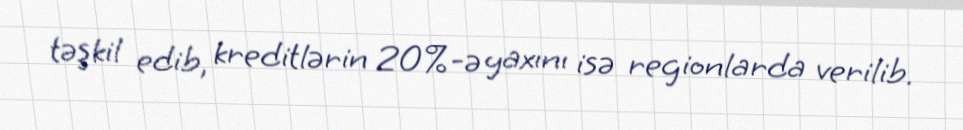
təşkil edib, kreditlərin 20%-ə yaxını isə regionlarda verilib.